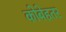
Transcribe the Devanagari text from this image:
कोबेहतर